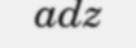
adz